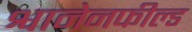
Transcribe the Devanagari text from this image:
श्वानेनफील्ड